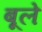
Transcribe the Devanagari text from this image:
बूले